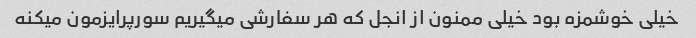
خیلی خوشمزه بود خیلی ممنون از انجل که هر سفارشی میگیریم سورپرایزمون میکنه